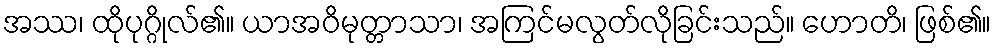
အဿ၊ ထိုပုဂ္ဂိုလ်၏။ ယာအဝိမုတ္တာသာ၊ အကြင်မလွတ်လိုခြင်းသည်။ ဟောတိ၊ ဖြစ်၏။